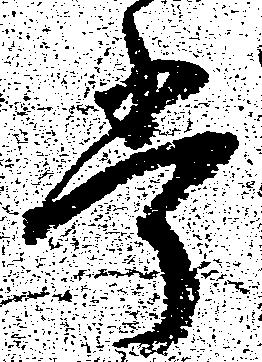
掌